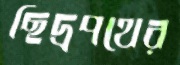
ছিদ্রপথের